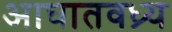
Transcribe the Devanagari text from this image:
आघातवध्र्य